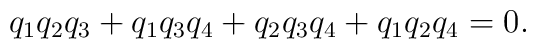
q_1 q_2 q_3 +q_1 q_3 q_4 +q_2 q_3 q_4 +q_1 q_2 q_4=0.